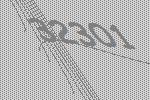
32301